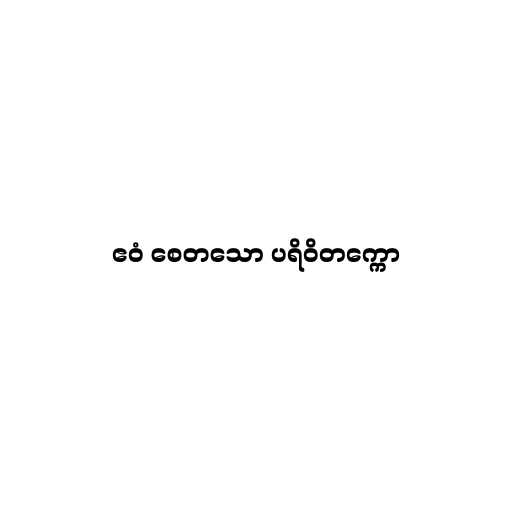
ဧဝံ စေတသော ပရိဝိတက္ကော